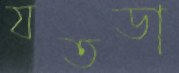
যতডা